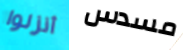
أنزلوا مسدس